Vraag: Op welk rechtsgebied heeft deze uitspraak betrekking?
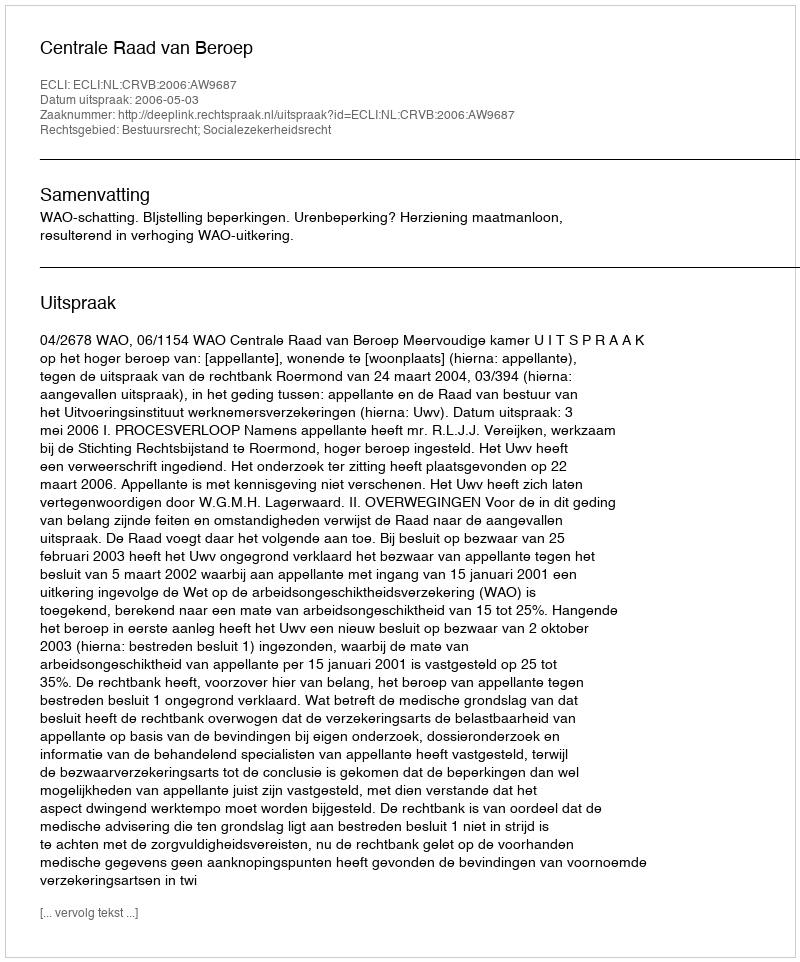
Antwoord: Bestuursrecht; Socialezekerheidsrecht